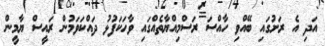
އަދި އެ ރަށުގައި ބޭއްވި ހާއްސަ ރަސްމިއްޔާތެއްގައި ވާހަކަފުޅު ދައްކަވަމުން ރައީސް ޔާމީން